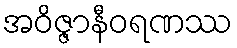
အဝိဇ္ဇာနီဝရဏဿ